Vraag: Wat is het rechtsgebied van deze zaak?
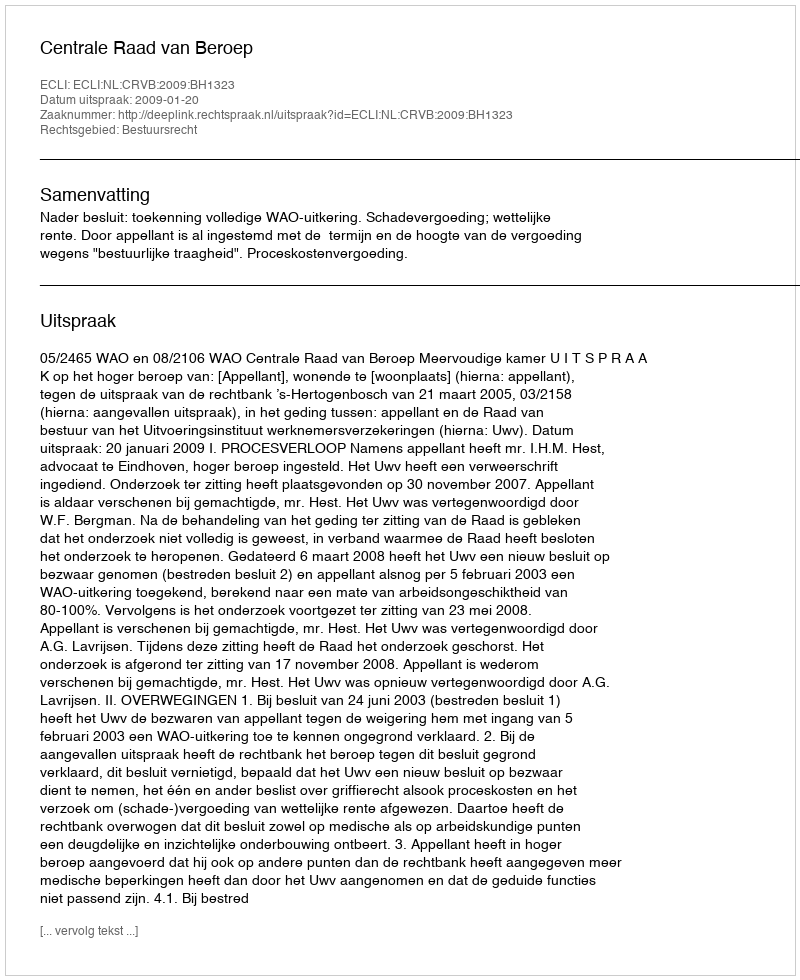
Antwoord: Bestuursrecht